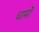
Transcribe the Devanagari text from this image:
धामॊं